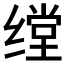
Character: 𱺪